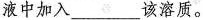
液中加入___该溶质。